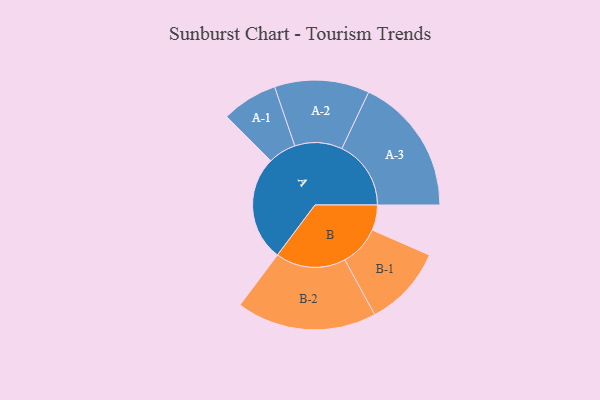
{"axis": {"x": "Segment", "y": "Value"}, "legend": ["", "A", "B"], "data": [{"x": "A", "y": 436, "type": ""}, {"x": "B", "y": 105, "type": ""}, {"x": "A-1", "y": 116, "type": "A"}, {"x": "A-2", "y": 197, "type": "A"}, {"x": "A-3", "y": 287, "type": "A"}, {"x": "B-1", "y": 168, "type": "B"}, {"x": "B-2", "y": 291, "type": "B"}]}